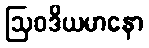
ဩဝဒိယမာနော